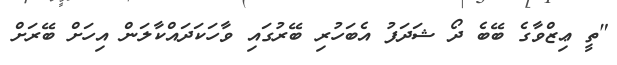
"ތީ ޢިޒްވާގެ ބޭބެ ދޯ ޝަދަފު އެބަހުރި ބޭރުގައި ވާހަކަދައްކާލަން އިހަށް ބޭރަށް